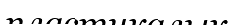
пластикалык